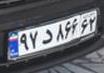
۹۷د۸۶۶۶۲